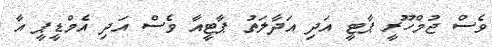
ވެސް ޖުމްހޫރީ ޕާޓީ އަދި އަދާލަތު ޕާޓީއާ ވެސް އަދި އެމްޑީޕީ އާ